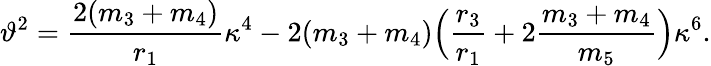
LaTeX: \vartheta^{2}=\frac{2(m_{3}+m_{4})}{r_{1}}\kappa^{4}-2(m_{3}+m_{4})\Bigl(\frac{r_{3}}{r_{1}}+2\frac{m_{3}+m_{4}}{m_{5}}\Bigr)\kappa^{6}.